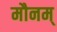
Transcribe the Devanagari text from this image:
मौनम्